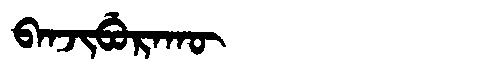
Manchu: ᠪᠠᠨᠵᡳᠪᡠᡵᠠᡴᡡ
Romanization: BANJIBURAKŪ